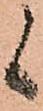
候